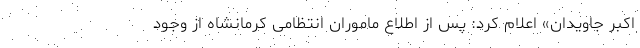
اکبر جاویدان» اعلام کرد: پس از اطلاع ماموران انتظامی کرمانشاه از وجود